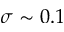
\sigma \sim 0 . 1